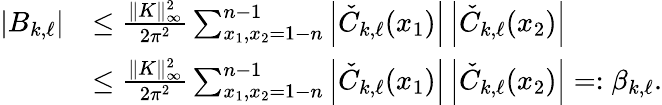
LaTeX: \begin{array}{rl}{|B_{k,\ell}|}&{\le\frac{\| K\| _{\infty}^{2}}{2\pi^{2}}\sum_{x_{1},x_{2}=1-n}^{n-1}\left|\check{C}_{k,\ell}(x_{1})\right|\left|\check{C}_{k,\ell}(x_{2})\right|}\\ &{\le\frac{\| K\| _{\infty}^{2}}{2\pi^{2}}\sum_{x_{1},x_{2}=1-n}^{n-1}\left|\check{C}_{k,\ell}(x_{1})\right|\left|\check{C}_{k,\ell}(x_{2})\right|=:\beta_{k,\ell}.}\end{array}